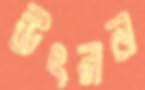
উৎরন